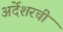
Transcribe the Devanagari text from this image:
अर्देशरची